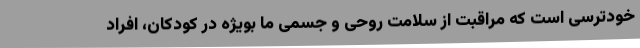
خودترسی است که مراقبت از سلامت روحی و جسمی ما بویژه در کودکان، افراد